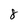
Character: 8